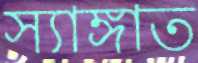
স্যাঙ্গাত